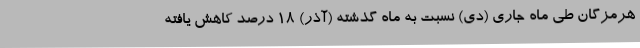
هرمزگان طی ماه جاری (دی) نسبت به ماه گذشته (آذر) 18 درصد کاهش یافته